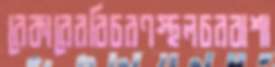
রেকারেরবিচরণস্থলচরবাশা